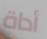
أداة